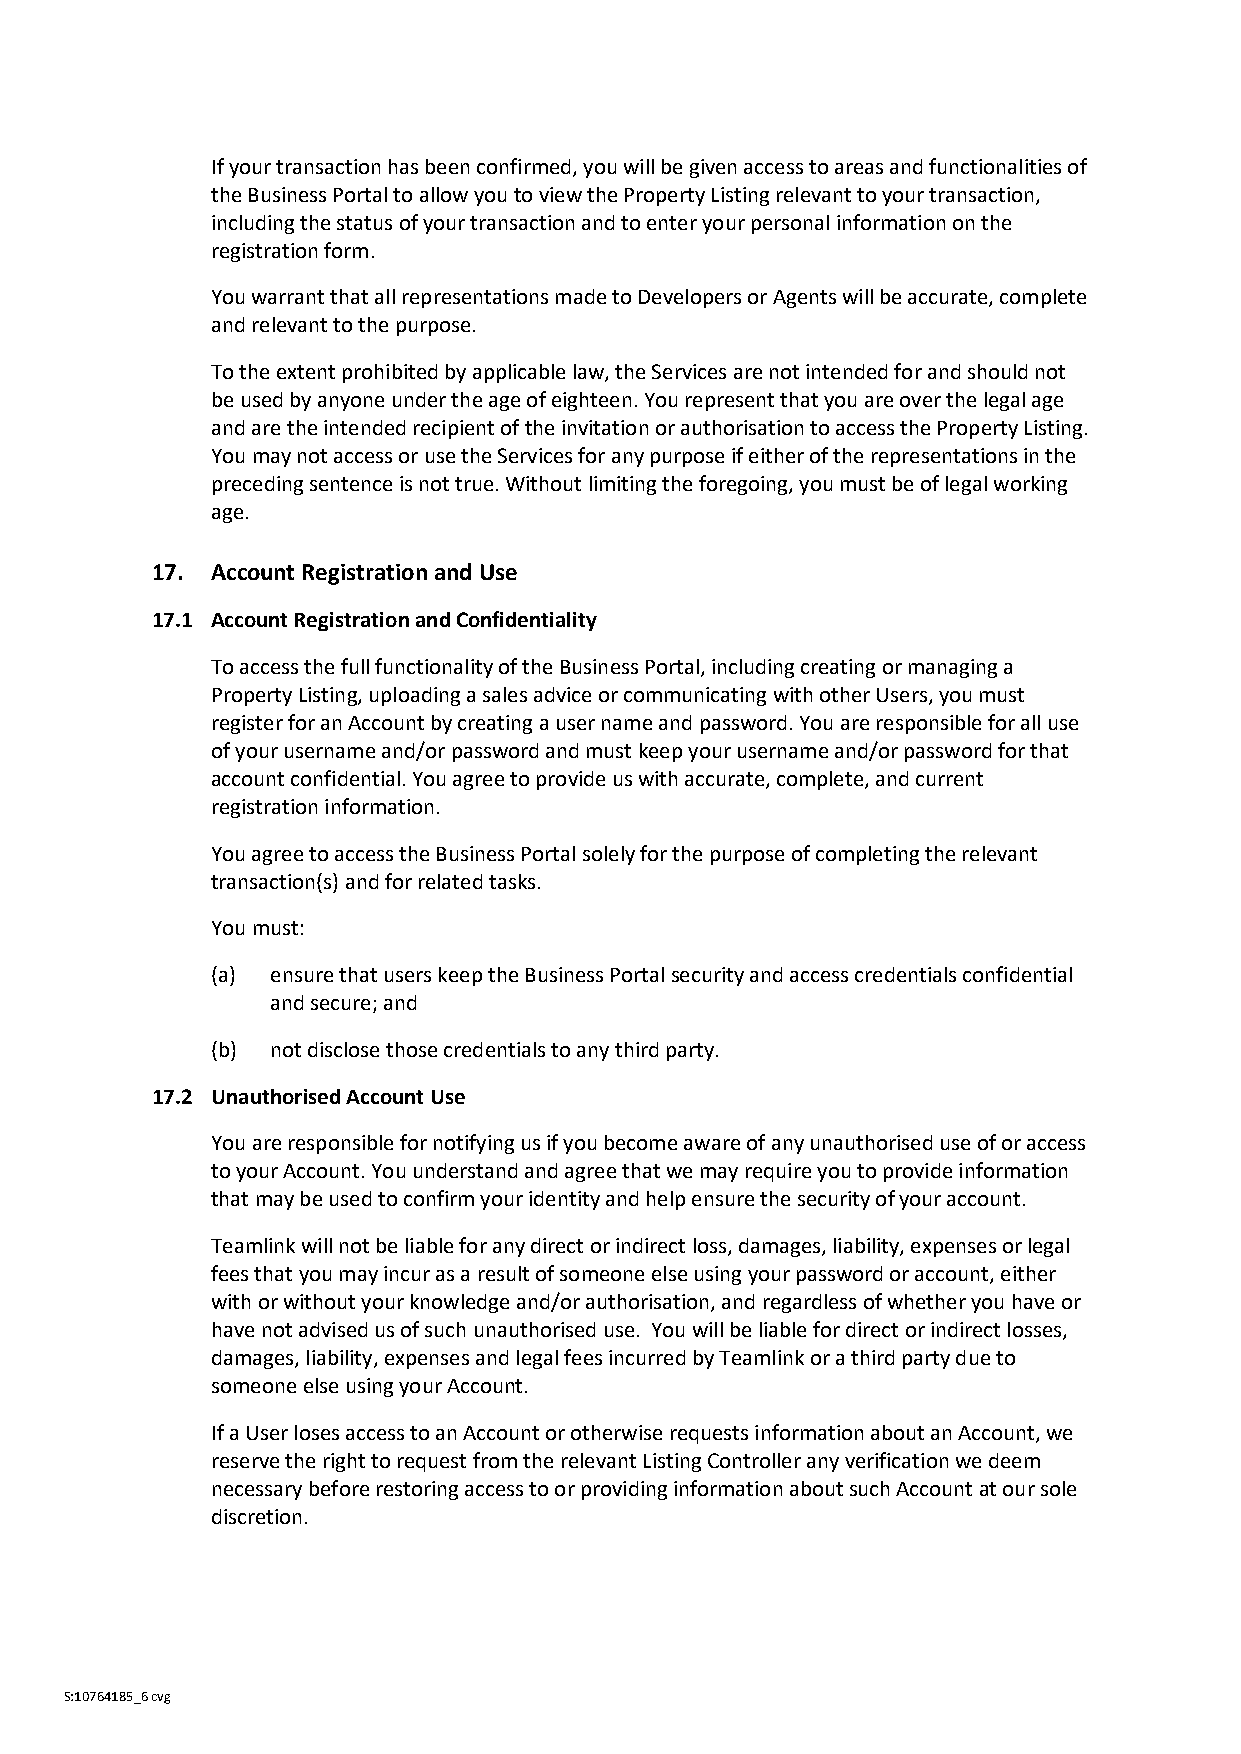
If your transaction has been confirmed, you will be given access to areas and functionalities of
 the Business Portal to allow you to view the Property Listing relevant to your transaction,
 including the status of your transaction and to enter your personal information on the
 registration form.
 You warrant that all representations made to Developers or Agents will be accurate, complete
 and relevant to the purpose.
 To the extent prohibited by applicable law, the Services are not intended for and should not
 be used by anyone under the age of eighteen. You represent that you are over the legal age
 and are the intended recipient of the invitation or authorisation to access the Property Listing.
 You may not access or use the Services for any purpose if either of the representations in the
 preceding sentence is not true. Without limiting the foregoing, you must be of legal working
 age.
 17. Account Registration and Use
 17.1 Account Registration and Confidentiality
 To access the full functionality of the Business Portal, including creating or managing a
 Property Listing, uploading a sales advice or communicating with other Users, you must
 register for an Account by creating a user name and password. You are responsible for all use
 of your username and/or password and must keep your username and/or password for that
 account confidential. You agree to provide us with accurate, complete, and current
 registration information.
 You agree to access the Business Portal solely for the purpose of completing the relevant
 transaction(s) and for related tasks.
 You must:
 (a) ensure that users keep the Business Portal security and access credentials confidential
 and secure; and
 (b) not disclose those credentials to any third party.
 17.2 Unauthorised Account Use
 You are responsible for notifying us if you become aware of any unauthorised use of or access
 to your Account. You understand and agree that we may require you to provide information
 that may be used to confirm your identity and help ensure the security of your account.
 Teamlink will not be liable for any direct or indirect loss, damages, liability, expenses or legal
 fees that you may incur as a result of someone else using your password or account, either
 with or without your knowledge and/or authorisation, and regardless of whether you have or
 have not advised us of such unauthorised use. You will be liable for direct or indirect losses,
 damages, liability, expenses and legal fees incurred by Teamlink or a third party due to
 someone else using your Account.
 If a User loses access to an Account or otherwise requests information about an Account, we
 reserve the right to request from the relevant Listing Controller any verification we deem
 necessary before restoring access to or providing information about such Account at our sole
 discretion.
 S:10764185_6 cvg